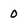
Character: 0